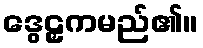
ဒွေဠှကမည်၏။